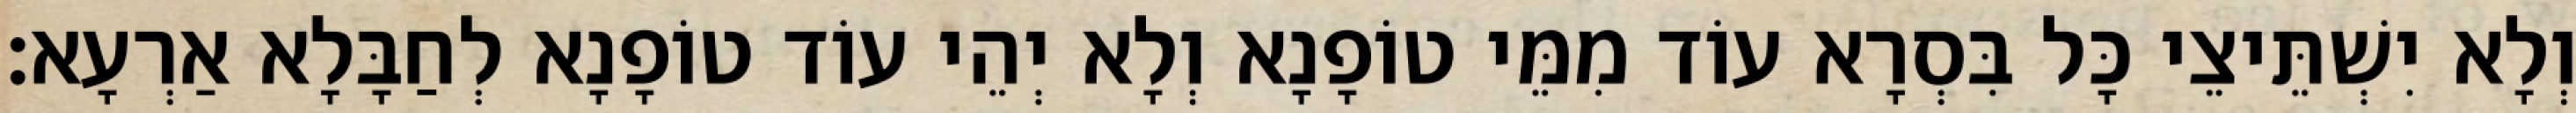
וְלָא יִשְׁתֵּיצֵי כָּל בִּסְרָא עוֹד מִמֵּי טוֹפָנָא וְלָא יְהֵי עוֹד טוֹפָנָא לְחַבָּלָא אַרְעָא׃